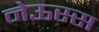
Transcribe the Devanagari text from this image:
नेऊस्स